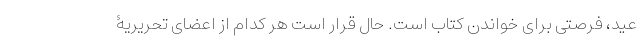
عید، فرصتی برای خواندن کتاب است. حال قرار است هر کدام از اعضای تحریریۀ